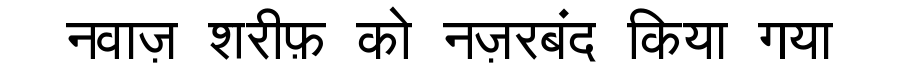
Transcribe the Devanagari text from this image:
नवाज़ शरीफ़ को नज़रबंद किया गया